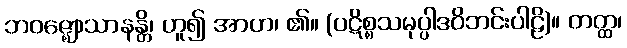
ဘဝဇ္ဈောသာနန္တိ၊ ဟူ၍ အာဟ၊ ၏။ (ပဋိစ္စသမုပ္ပါဒဝိဘင်းပါဠိ)။ တတ္ထ၊